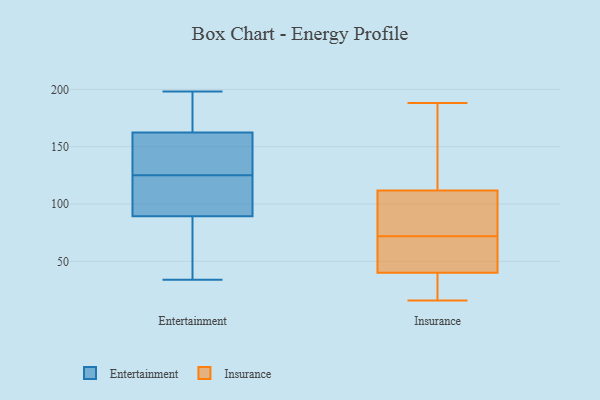
{"axis": {"x": "Shipments", "y": "Value"}, "legend": ["Entertainment", "Insurance"], "data": [{"x": "", "y": 113, "type": "Entertainment"}, {"x": "", "y": 90, "type": "Entertainment"}, {"x": "", "y": 156, "type": "Entertainment"}, {"x": "", "y": 89, "type": "Entertainment"}, {"x": "", "y": 171, "type": "Entertainment"}, {"x": "", "y": 160, "type": "Entertainment"}, {"x": "", "y": 125, "type": "Entertainment"}, {"x": "", "y": 91, "type": "Entertainment"}, {"x": "", "y": 40, "type": "Entertainment"}, {"x": "", "y": 163, "type": "Entertainment"}, {"x": "", "y": 34, "type": "Entertainment"}, {"x": "", "y": 165, "type": "Entertainment"}, {"x": "", "y": 98, "type": "Entertainment"}, {"x": "", "y": 138, "type": "Entertainment"}, {"x": "", "y": 87, "type": "Entertainment"}, {"x": "", "y": 65, "type": "Entertainment"}, {"x": "", "y": 173, "type": "Entertainment"}, {"x": "", "y": 133, "type": "Entertainment"}, {"x": "", "y": 198, "type": "Entertainment"}, {"x": "", "y": 87, "type": "Insurance"}, {"x": "", "y": 43, "type": "Insurance"}, {"x": "", "y": 188, "type": "Insurance"}, {"x": "", "y": 172, "type": "Insurance"}, {"x": "", "y": 105, "type": "Insurance"}, {"x": "", "y": 108, "type": "Insurance"}, {"x": "", "y": 46, "type": "Insurance"}, {"x": "", "y": 37, "type": "Insurance"}, {"x": "", "y": 69, "type": "Insurance"}, {"x": "", "y": 16, "type": "Insurance"}, {"x": "", "y": 113, "type": "Insurance"}, {"x": "", "y": 72, "type": "Insurance"}, {"x": "", "y": 133, "type": "Insurance"}, {"x": "", "y": 39, "type": "Insurance"}, {"x": "", "y": 34, "type": "Insurance"}]}